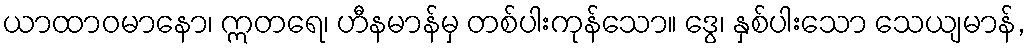
ယာထာဝမာနော၊ ဣတရေ၊ ဟီနမာန်မှ တစ်ပါးကုန်သော။ ဒွေ၊ နှစ်ပါးသော သေယျမာန်,